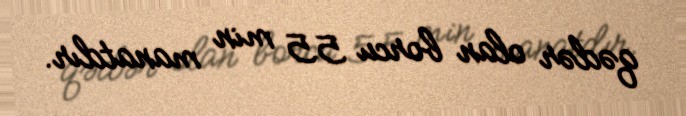
qədər olan borcu 55 min manatdır.